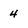
Character: 4